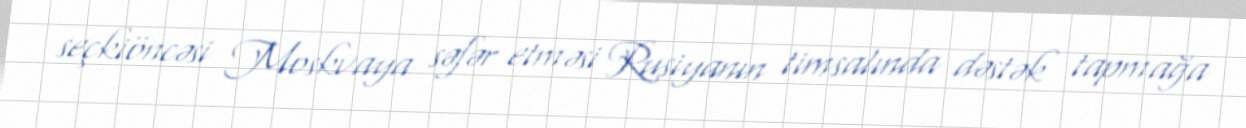
seçkiöncəsi Moskvaya səfər etməsi Rusiyanın timsalında dəstək tapmağa